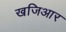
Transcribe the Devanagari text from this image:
खजिआर